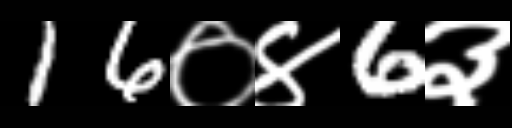
Text: 16०४6३